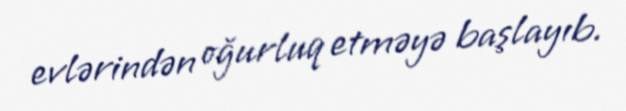
evlərindən oğurluq etməyə başlayıb.